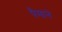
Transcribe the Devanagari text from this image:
पैेमाने